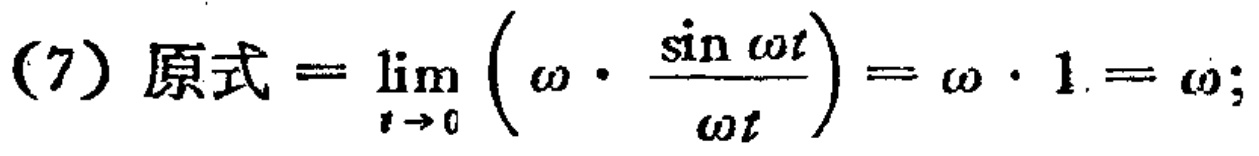
(7) 原式$=\lim_{t \to 0} \left( \omega \cdot \frac{\sin \omega t}{\omega t} \right)=\omega \cdot 1 = \omega$;